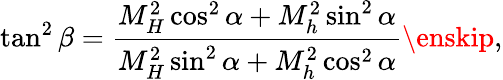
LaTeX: \tan^{2}\beta=\frac{M_{H}^{2}\cos^{2}\alpha+M_{h}^{2}\sin^{2}\alpha}{M_{H}^{2}\sin^{2}\alpha+M_{h}^{2}\cos^{2}\alpha}\enskip,